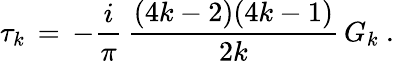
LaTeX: \tau_{k}\, =\, -{\frac{i}{\pi}}\, {\frac{(4k-2)(4k-1)}{2k}}\, G_{k}\ .